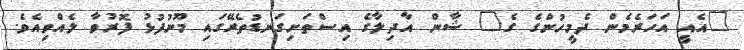
"އެއީ އަހަރެމެން ދެމީހުންގެ ގެ" ޝާން އާދިލާގެ އިސްތަށިގަނޑުތެރޭގައި މޫނުފުޅު ފޮރުވާ ލެއްވިއެވެ.